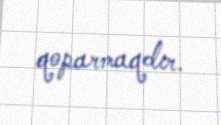
qoparmaqdır.